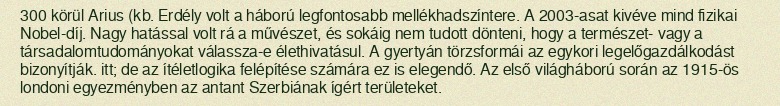
300 körül Arius (kb. Erdély volt a háború legfontosabb mellékhadszíntere. A 2003-asat kivéve mind fizikai Nobel-díj. Nagy hatással volt rá a művészet, és sokáig nem tudott dönteni, hogy a természet- vagy a társadalomtudományokat válassza-e élethivatásul. A gyertyán törzsformái az egykori legelőgazdálkodást bizonyítják. itt; de az ítéletlogika felépítése számára ez is elegendő. Az első világháború során az 1915-ös londoni egyezményben az antant Szerbiának ígért területeket.